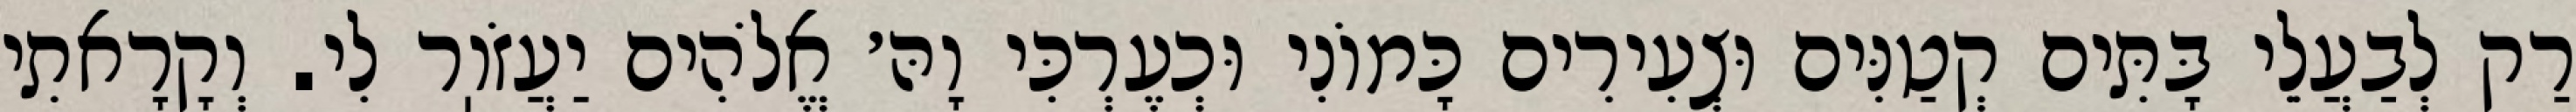
רַק לְבַעֲלֵי בָּתִּים קְטַנִּים וּצְעִירִים כָּמוֹנִי וּכְעֶרְכִּי וָהּ׳ אֱלֹהִים יַעֲזֹוֽר לִי. וְקָרָאתִי